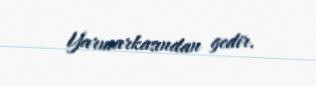
Yarmarkasından gedir.